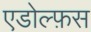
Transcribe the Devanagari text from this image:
एडोल्फ़स